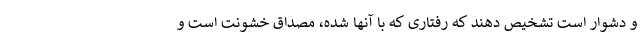
و دشوار است تشخیص دهند که رفتاری که با آنها شده، مصداق خشونت است و